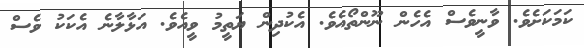
ކަމަކަށެވެ. ވާނީވެސް އެހެން ނޫންތޯއެވެ. އެކުދިން ޔަތީމު ވީއެވެ. އަޅާލާނެ އެކަކު ވެސް